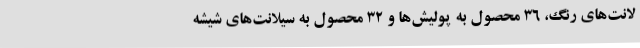
لانت‌های رنگ، 36 محصول به پولیش‌ها و 32 محصول به سیلانت‌های شیشه